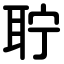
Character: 聍